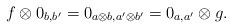
LaTeX: \begin{align*} f\otimes 0_{b,b'}=0_{a\otimes b,a'\otimes b'}=0_{a,a'}\otimes g.\end{align*}